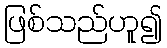
ဖြစ်သည်ဟူ၍